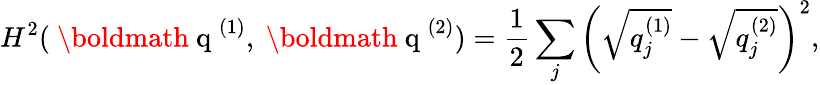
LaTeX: H^{2}(\mathrm{~\boldmath~q~}^{(1)},\mathrm{~\boldmath~q~}^{(2)})=\frac{1}{2}\sum_{j}\left(\sqrt{q_{j}^{(1)}}-\sqrt{q_{j}^{(2)}}\right)^{2},